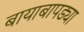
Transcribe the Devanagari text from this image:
बायाबापड्या